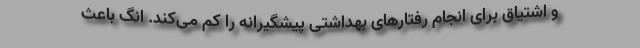
و اشتیاق برای انجام رفتارهای بهداشتی پیشگیرانه را کم می‌کند. انگ باعث